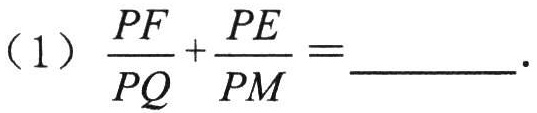
（1）$\dfrac{PF}{PQ}+\dfrac{PE}{PM}=$  。